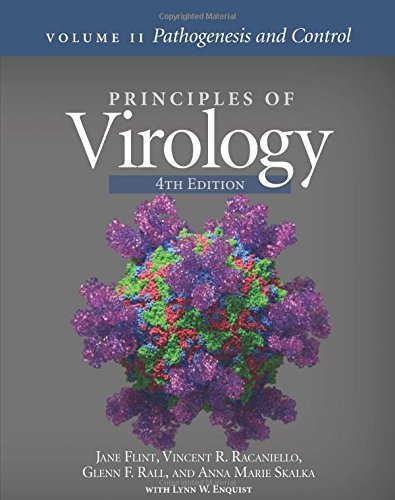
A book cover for Principles of Virology: Volume 2 Pathogenesis and Control; S. Jane Flint; Medical Books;